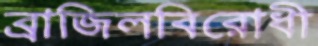
ব্রাজিলবিরোধী